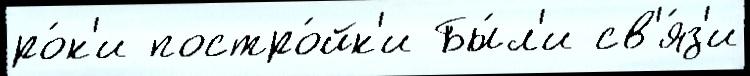
ро́к'и постро́йк'и Бы́л'и св'я́з'и